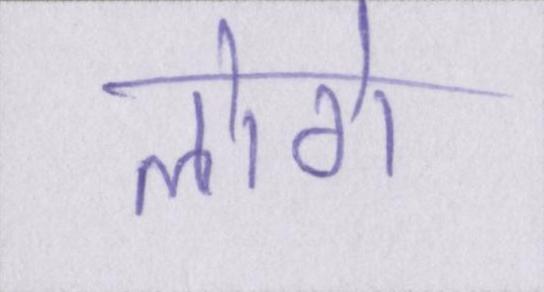
लोगे